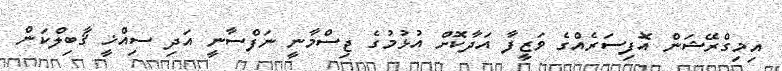
އިމިގްރޭޝަން އޮފިސަރެއްގެ ވަޒީފާ އަދާކޮށް އުޅުމުގެ ޖިސްމާނީ ނަފްސާނީ އަދި ސިއްޚީ ޤާބިލްކަން